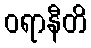
ဝရာနီတိ